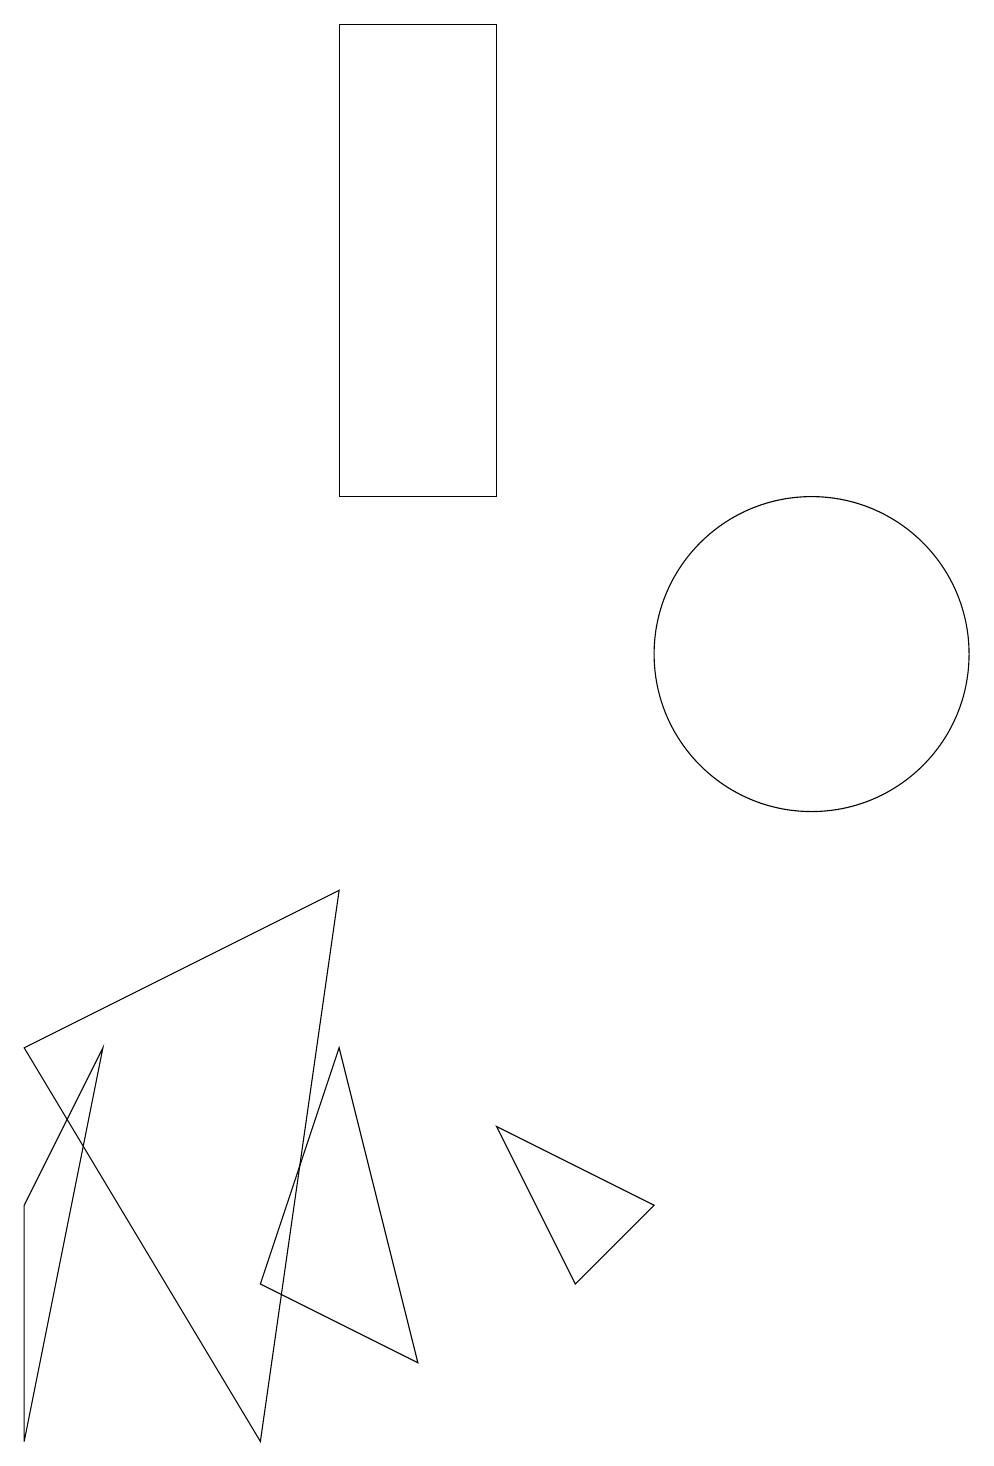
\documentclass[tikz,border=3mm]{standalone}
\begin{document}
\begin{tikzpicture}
\draw (0,0) -- (1,5) -- (0,3) -- cycle;
\draw (3,2) -- (5,1) -- (4,5) -- cycle;
\draw (8,3) -- (6,4) -- (7,2) -- cycle;
\draw (11,12) circle (0);
\draw (6,18) rectangle (4,12);
\draw (10,10) circle (0);
\draw (10,10) circle (2);
\draw (0,5) -- (3,0) -- (4,7) -- cycle;
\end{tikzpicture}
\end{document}